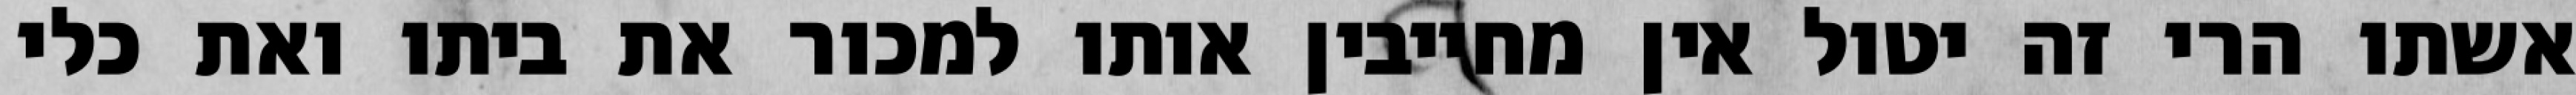
אשתו הרי זה יטול אין מחייבין אותו למכור את ביתו ואת כלי